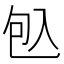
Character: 𠓨